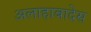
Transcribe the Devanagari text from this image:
अलाहाबादेस